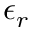
\epsilon _ { r }